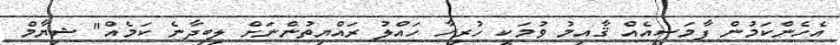
އެހެންކަމުން ފާމަސީއެއް ޤާއިމު ވުމަކީ ހުރިހާ ހައްލު ރައްޔިތުންނަށް ލިބިދާނެ ކަމެއް" ޝިޔާމް